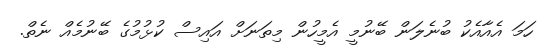
ހަމަ އެއާއެކު ބުނެލަން ބޭނުމީ އެމީހުން މިތަނަށް އައިސް ކުޅުމުގެ ބޭނުމެއް ނެތް.